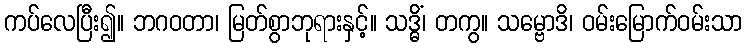
ကပ်လေပြီး၍။ ဘဂဝတာ၊ မြတ်စွာဘုရားနှင့်။ သဒ္ဓိံ၊ တကွ။ သမ္ဗောဒိ၊ ဝမ်းမြောက်ဝမ်းသာ